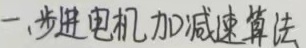
一. 步进电机加减速算法